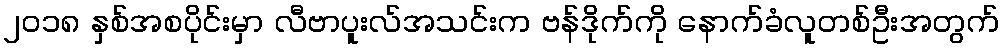
၂၀၁၈ နှစ်အစပိုင်းမှာ လီဗာပူးလ်အသင်းက ဗန်ဒိုက်ကို နောက်ခံလူတစ်ဦးအတွက်